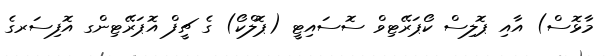
މާޅޮސް) އާއި ޕޮލިސް ކޯޕަރޭޓިވް ސޮސައިޓީ (ޕޮލްކޯ) ގެ ޗީފް އޮޕަރޭޓިންގ އޮފިސަރގެ